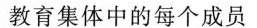
教育集体中的每个成员